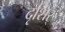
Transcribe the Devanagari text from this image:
दृशिर्